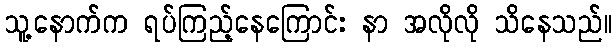
သူ့နောက်က ရပ်ကြည့်နေကြောင်း နာ အလိုလို သိနေသည်။